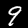
Label: 9